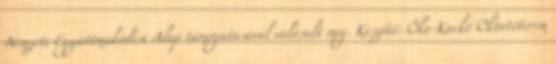
Nemzeti Együttműködési Alap támogatásával valósult meg. Készítő: Öko-Kuckó Oktatóterem